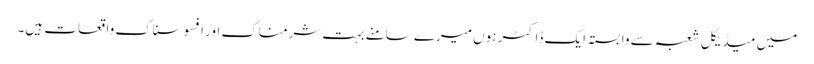
میں میڈیکل شعبہ سے وابستہ ایک ڈاکٹر ہوں میرے سامنے بہت شرمناک اور افسوسناک واقعات ہیں۔